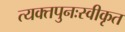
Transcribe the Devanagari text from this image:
त्यक्तपुनःस्वीकृत